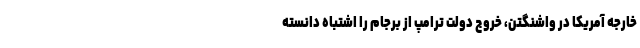
خارجه آمریکا در واشنگتن، خروج دولت ترامپ از برجام را اشتباه دانسته